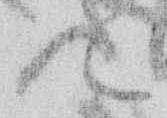
候